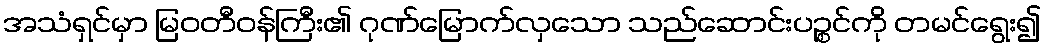
အသံရှင်မှာ မြဝတီဝန်ကြီး၏ ဂုဏ်မြောက်လှသော သည်ဆောင်းပဉ္စင်ကို တမင်ရွေး၍